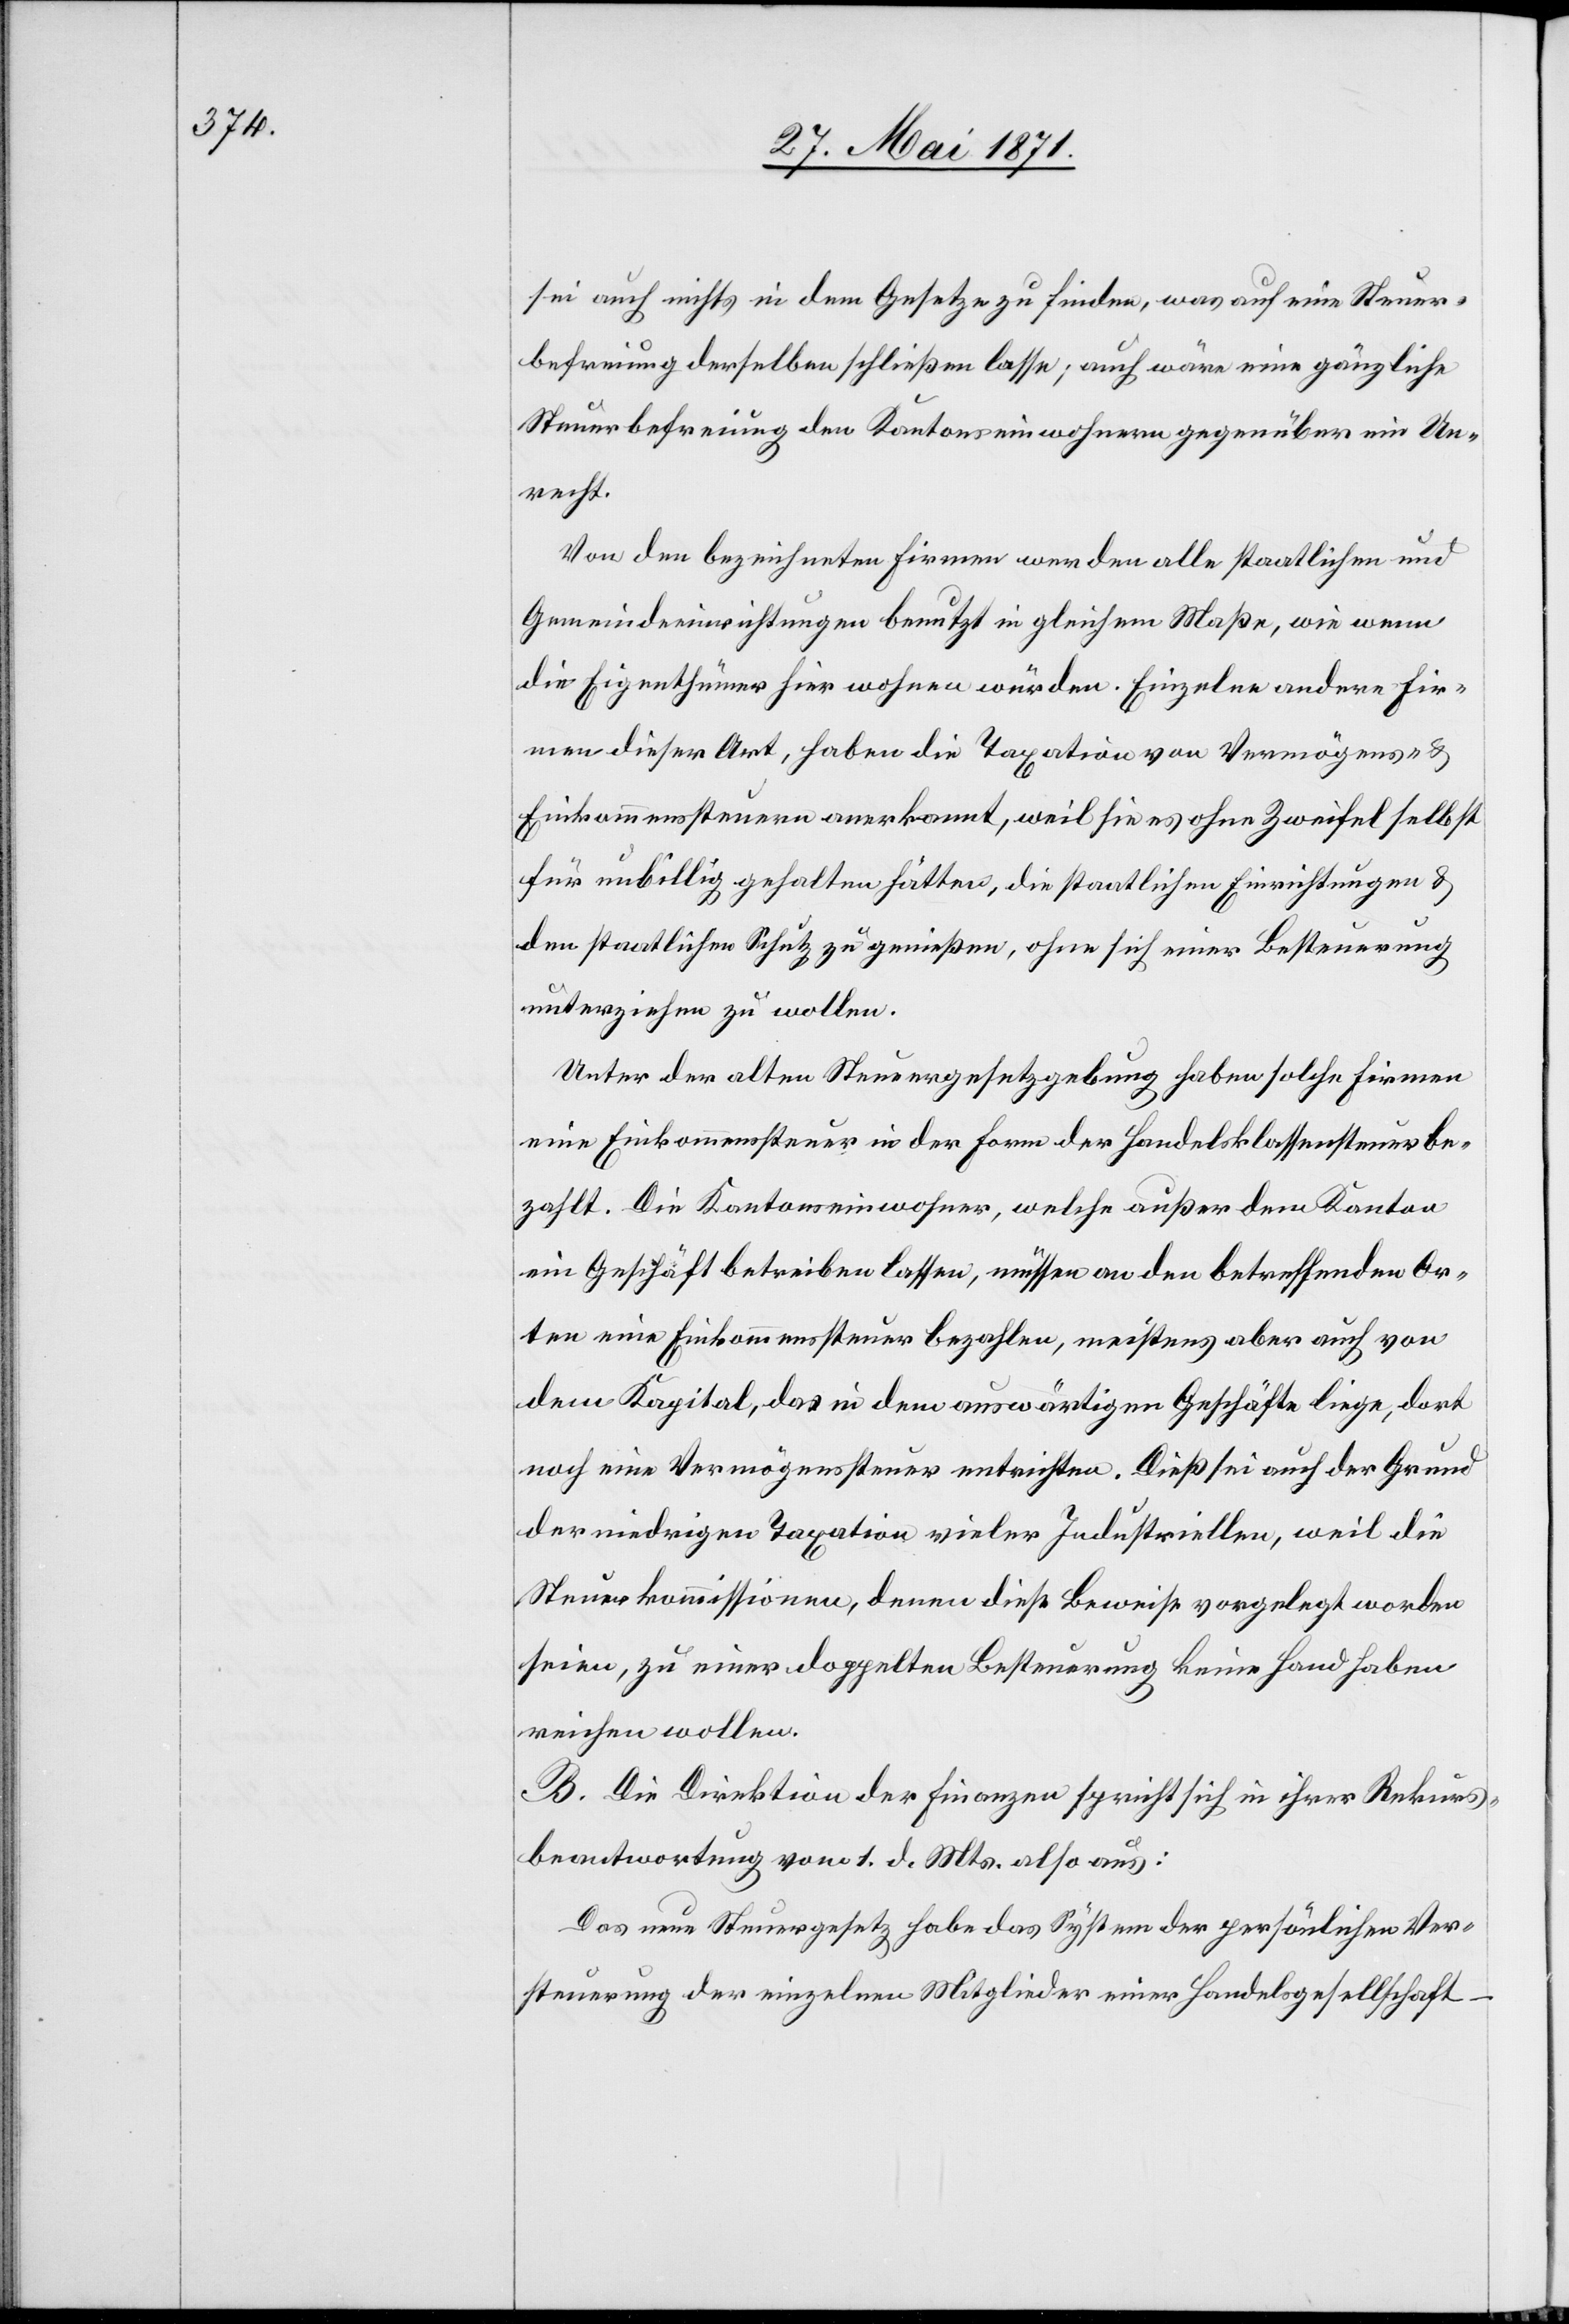
sei auch nichts in dem Gesetze zu finden, was auf eine Steuer¬
befreiung derselben schließen lasse, auch wäre eine gänzliche
Steuerbefreiung den Kantonseinwohnern gegenüber ein Un¬
recht.
Von den bezeichneten Firmen werden alle staatlichen und
Gemeindeeinrichtungen benutzt in gleichem Maße, wie wenn
die Eigenthümer hier wohnen würden. Einzelne andere Fir¬
men dieser Art, haben die Taxation von Vermögens- u.
Einkommenssteuern anerkannt, weil sie es ohne Zweifel selbst
für unbillig gehalten hätten, die staatlichen Einrichtungen u.
den staatlichen Schutz zu genießen, ohne sich einer Besteuerung
unterziehen zu wollen.
Unter der alten Steuergesetzgebung haben solche Firmen
eine Einkommenssteuer in der Form der Handelsklassensteuer be¬
zahlt. Die Kantonseinwohner, welche außer dem Kanton
ein Geschäft betreiben lassen, müssen an den betreffenden Or¬
ten eine Einkommenssteuer bezahlen, meistens aber auch von
dem Kapital, das in dem auswärtigen Geschäfte liege, dort
noch eine Vermögenssteuer entrichten. Dieß sei auch der Grund
der niedrigen Taxation vieler Industriellen, weil die
Steuerkommissionen, denen diese Beweise vorgelegt worden
seien, zu einer doppelten Besteuerung keine Hand haben
reichen wollen.
B. Die Direktion der Finanzen spricht sich in ihrer Rekurs¬
beantwortung vom 1. d. Mts. also aus:
Das neue Steuergesetz habe das System der persönlichen Ver¬
steuerung der einzelnen Mitglieder einer Handelsgesellschaft –